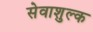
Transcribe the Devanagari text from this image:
सेवाशुल्क